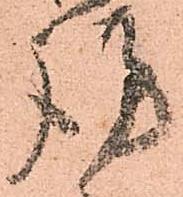
謹